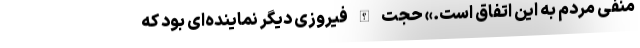
منفی مردم به این اتفاق است.» حجت الله فیروزی دیگر نماینده‌ای بود که